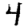
Digit: 4